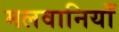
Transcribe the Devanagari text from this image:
मलवानियाँ